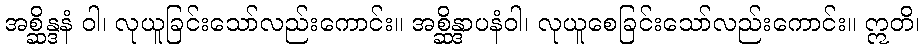
အစ္ဆိန္ဒနံ ဝါ၊ လုယူခြင်းသော်လည်းကောင်း။ အစ္ဆိန္ဒာပနံဝါ၊ လုယူစေခြင်းသော်လည်းကောင်း။ ဣတိ၊